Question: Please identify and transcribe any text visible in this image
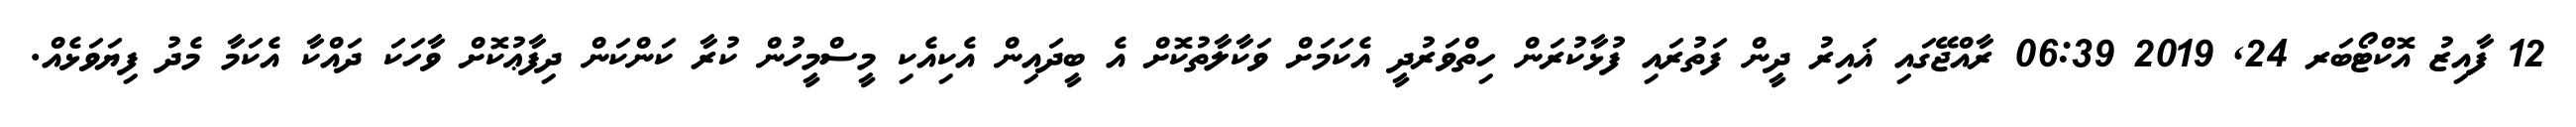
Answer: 12 ފާއިޒު އޮކްޓޯބަރ 24, 2019 06:39 ރާއްޖޭގައި ޣައިރު ދީން ފަތުރައި ފުޅާކުރަން ހިތްވަރުދީ އެކަމަށް ވަކާލާތުކޮށް އެ ބީދައިން އެކިއެކި މީސްމީހުން ކުރާ ކަންކަން ދިފާޢުކޮށް ވާހަކަ ދައްކާ އެކަމާ މެދު ފިޔަވަޅެއް.